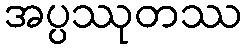
အပ္ပဿုတဿ